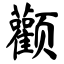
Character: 颧